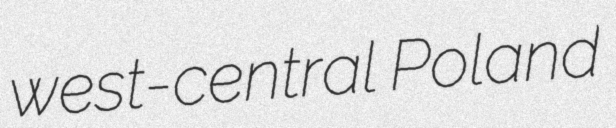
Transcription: west-central Poland